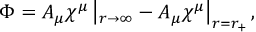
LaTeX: \Phi = A _ { \mu } \chi ^ { \mu } \left| _ { r \rightarrow \infty } - A _ { \mu } \chi ^ { \mu } \right| _ { r = r _ { + } } ,